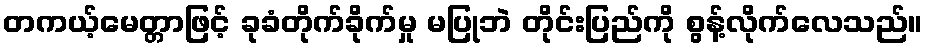
တကယ့်မေတ္တာဖြင့် ခုခံတိုက်ခိုက်မှု မပြုဘဲ တိုင်းပြည်ကို စွန့်လိုက်လေသည်။